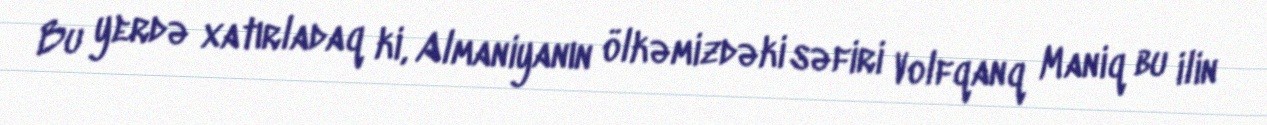
Bu yerdə xatırladaq ki, Almaniyanın ölkəmizdəki səfiri Volfqanq Maniq bu ilin